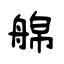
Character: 艊